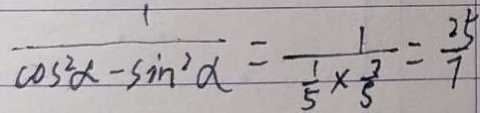
\frac { 1 } { \cos ^ { 2 } \alpha - \sin ^ { 2 } \alpha } = \frac { 1 } { \frac { 1 } { 5 } \times \frac { 3 } { 5 } } = \frac { 2 5 } { 7 }